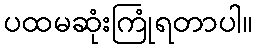
ပထမဆုံးကြုံရတာပါ။